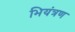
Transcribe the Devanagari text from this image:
भियंत्रण